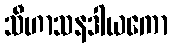
သီဟာသနဒါယကော